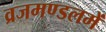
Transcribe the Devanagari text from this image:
व्रजमण्डलमें